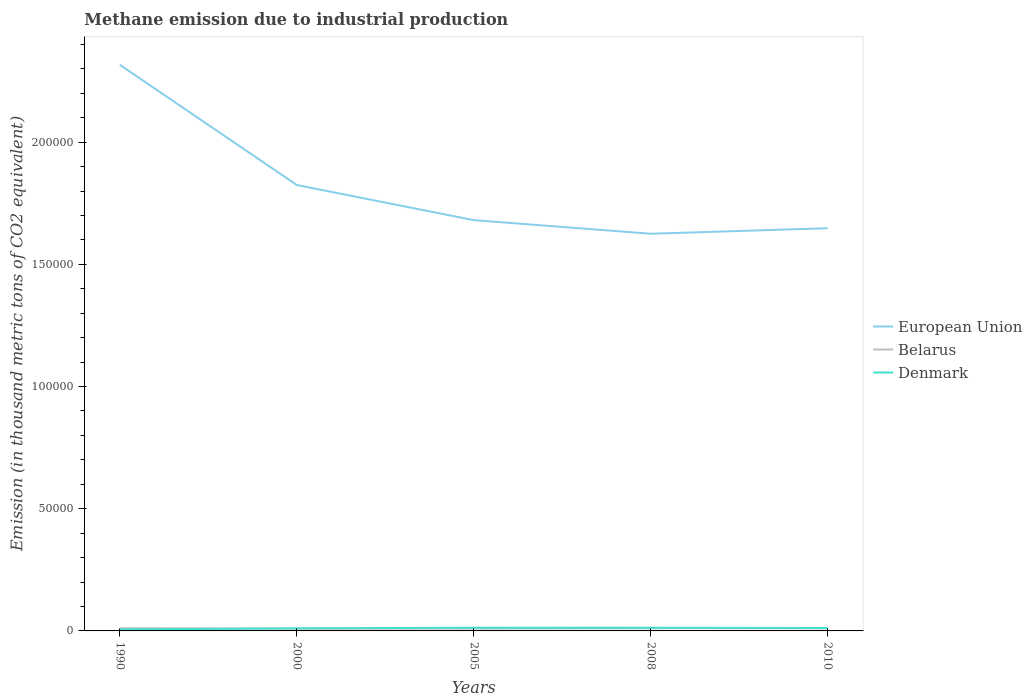
| Years | European Union | Belarus | Denmark |
 | --- | --- | --- | --- |
 | 1990 | 2.32e+05 | 1.13e+03 | 610 |
 | 2000 | 1.82e+05 | 934 | 1.06e+03 |
 | 2005 | 1.68e+05 | 955 | 1.3e+03 |
 | 2008 | 1.63e+05 | 1.08e+03 | 1.3e+03 |
 | 2010 | 1.65e+05 | 1.05e+03 | 1.21e+03 |